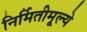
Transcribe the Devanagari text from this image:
निर्मितीमूल्ये